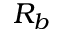
R _ { b }